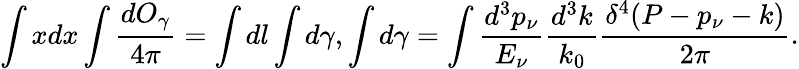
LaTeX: \int xdx\int\frac{dO_{\gamma}}{4\pi}=\int dl\int d\gamma,\int d\gamma=\int\frac{d^{3}p_{\nu}}{E_{\nu}}\frac{d^{3}k}{k_{0}}\frac{\delta^{4}(P-p_{\nu}-k)}{2\pi}.